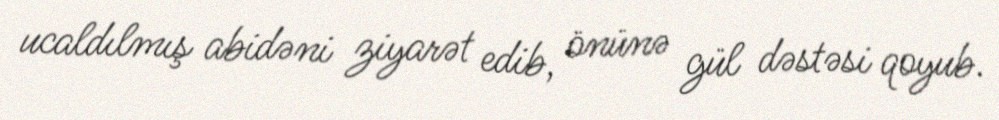
ucaldılmış abidəni ziyarət edib, önünə gül dəstəsi qoyub.